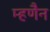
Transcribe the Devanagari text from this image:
म्हणैन